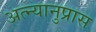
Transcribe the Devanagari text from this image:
अत्न्यानुप्रास